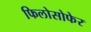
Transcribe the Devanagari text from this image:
फिलोसोफेर